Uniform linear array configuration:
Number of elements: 4
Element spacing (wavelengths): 0.5
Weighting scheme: cosine
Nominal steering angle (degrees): -30
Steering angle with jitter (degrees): -31.886
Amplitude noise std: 0.05
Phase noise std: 0.05

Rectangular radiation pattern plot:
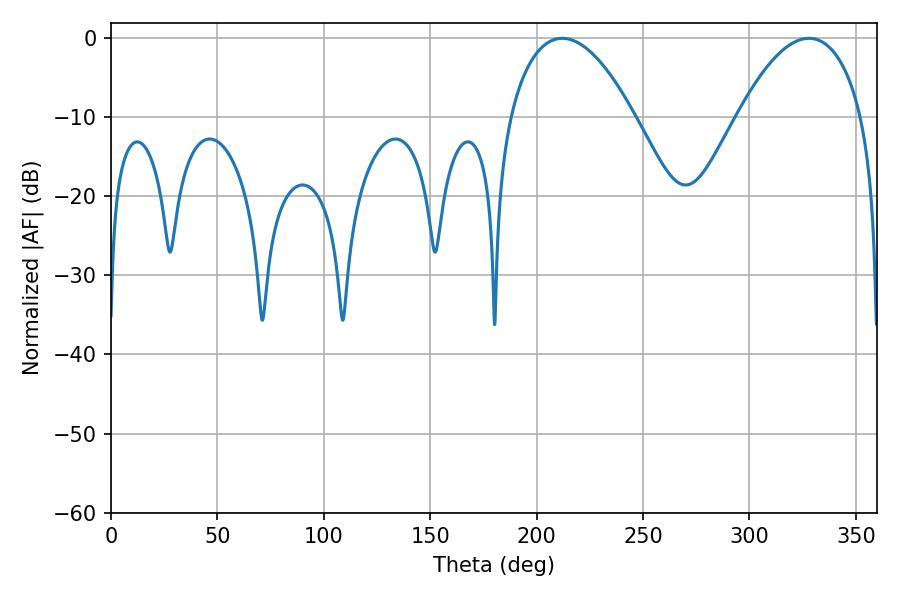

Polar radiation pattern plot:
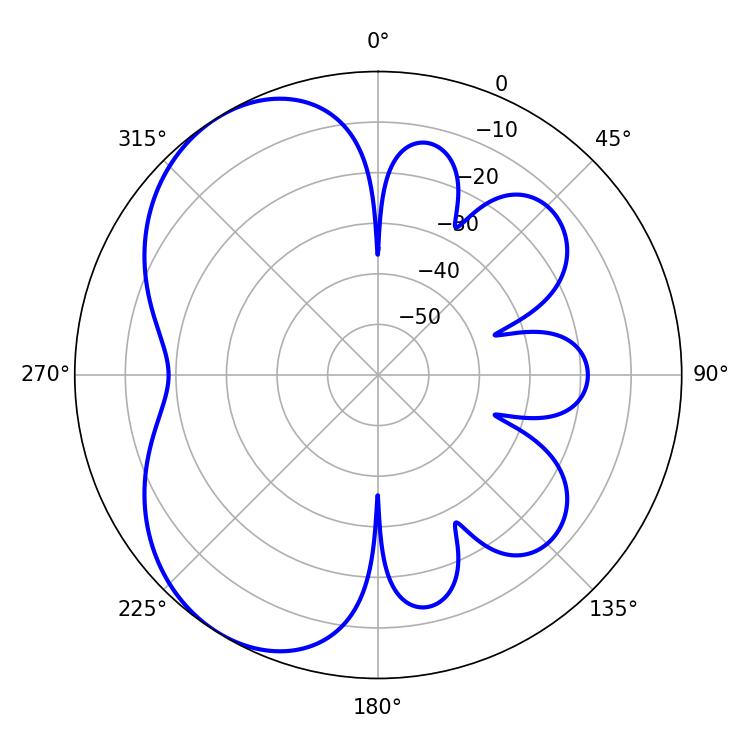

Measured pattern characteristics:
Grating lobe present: FALSE
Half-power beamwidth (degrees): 32.58
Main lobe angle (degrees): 212.04